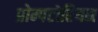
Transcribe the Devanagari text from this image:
प्रोम्पटोरियम